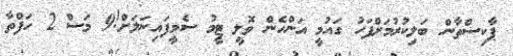
ޕާކިސްތާން ބަލިކުރުމަށްފަހު ގައުމީ އަންހެން ވޮލީ ޓީމު ސެމީފައިނަލަށް!9 މަސް 2 ހަފްތާ